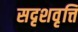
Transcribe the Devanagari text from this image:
सदृशवृत्ति